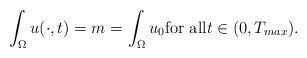
LaTeX: \begin{align*} \int_\Omega u (\cdot ,t) =m=\int_\Omega u_0 \textrm{for all} t\in (0,T_{max}).\end{align*}